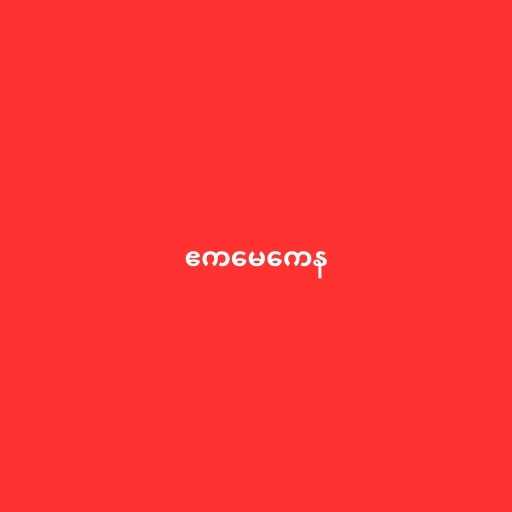
ဧကမေကေန